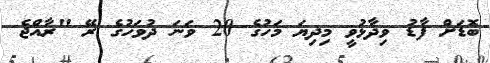
ބޮޑަށް ފާޑު ވިދާޅުވީ މިދިޔަ މަހުގެ 20 ވަނަ ދުވަހުގެ ރޭ "ރާއްޖެ